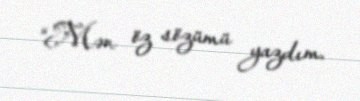
“Mən öz sözümü yazdım.